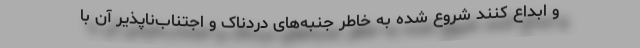
و ابداع کنند شروع شده به خاطر جنبه‌های دردناک و اجتناب‌ناپذیر آن با